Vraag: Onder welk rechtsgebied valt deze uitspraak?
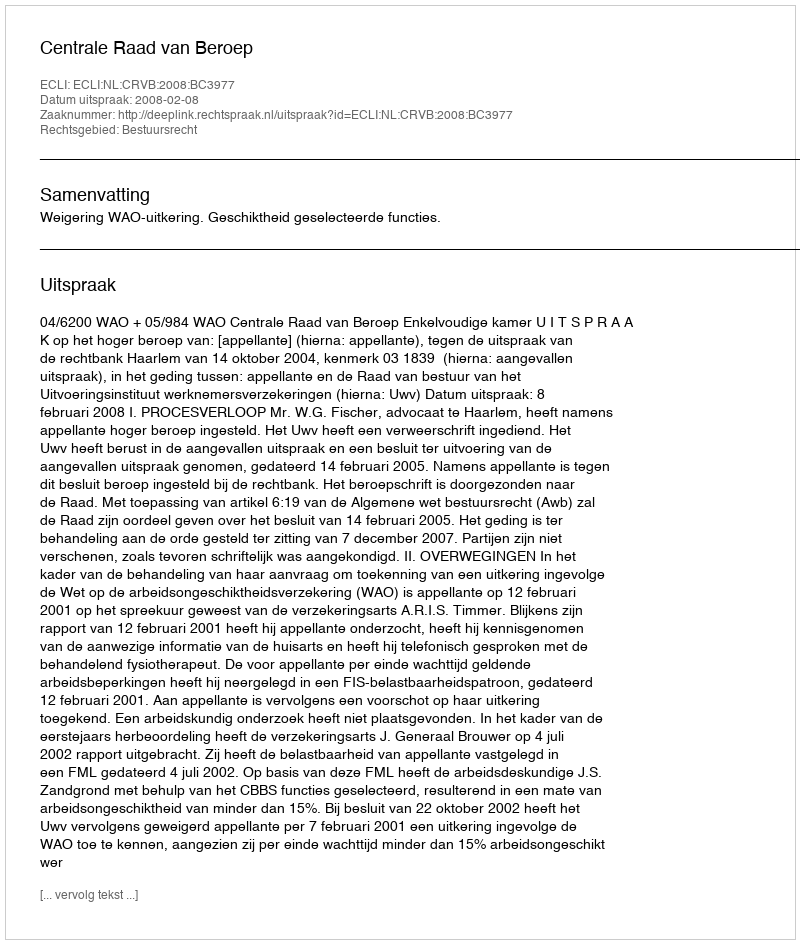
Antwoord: Bestuursrecht